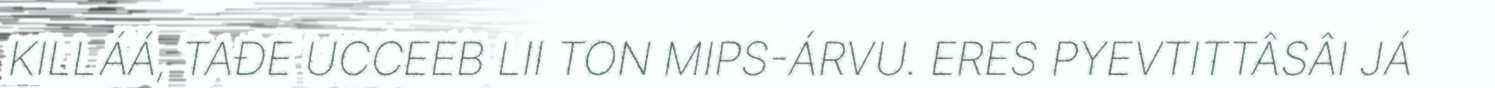
KILLÁÁ, TAĐE UCCEEB LII TON MIPS-ÁRVU. ERES PYEVTITTÂSÂI JÁ